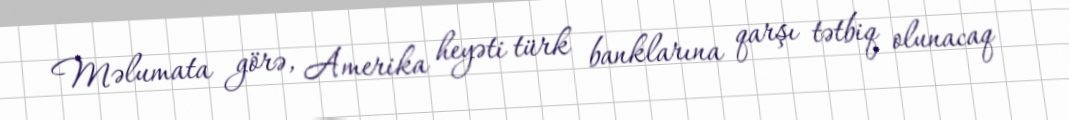
Məlumata görə, Amerika heyəti türk banklarına qarşı tətbiq olunacaq